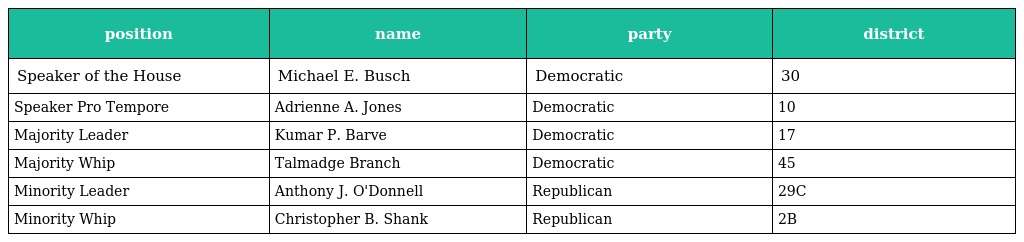
| position | name | party | district |
 | --- | --- | --- | --- |
 | Speaker of the House | Michael E. Busch | Democratic | 30 |
 | Speaker Pro Tempore | Adrienne A. Jones | Democratic | 10 |
 | Majority Leader | Kumar P. Barve | Democratic | 17 |
 | Majority Whip | Talmadge Branch | Democratic | 45 |
 | Minority Leader | Anthony J. O'Donnell | Republican | 29C |
 | Minority Whip | Christopher B. Shank | Republican | 2B |